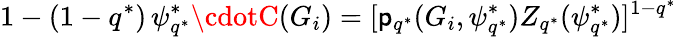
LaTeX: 1-(1-q^{*})\, \psi_{q^{*}}^{*}\cdotC(G_{i})=[\mathsf{p}_{q^{*}}(G_{i},\psi_{q^{*}}^{*})Z_{q^{*}}(\psi_{q^{*}}^{*})]^{1-q^{*}}